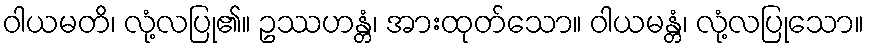
ဝါယမတိ၊ လုံ့လပြု၏။ ဥဿဟန္တံ၊ အားထုတ်သော။ ဝါယမန္တံ၊ လုံ့လပြုသော။